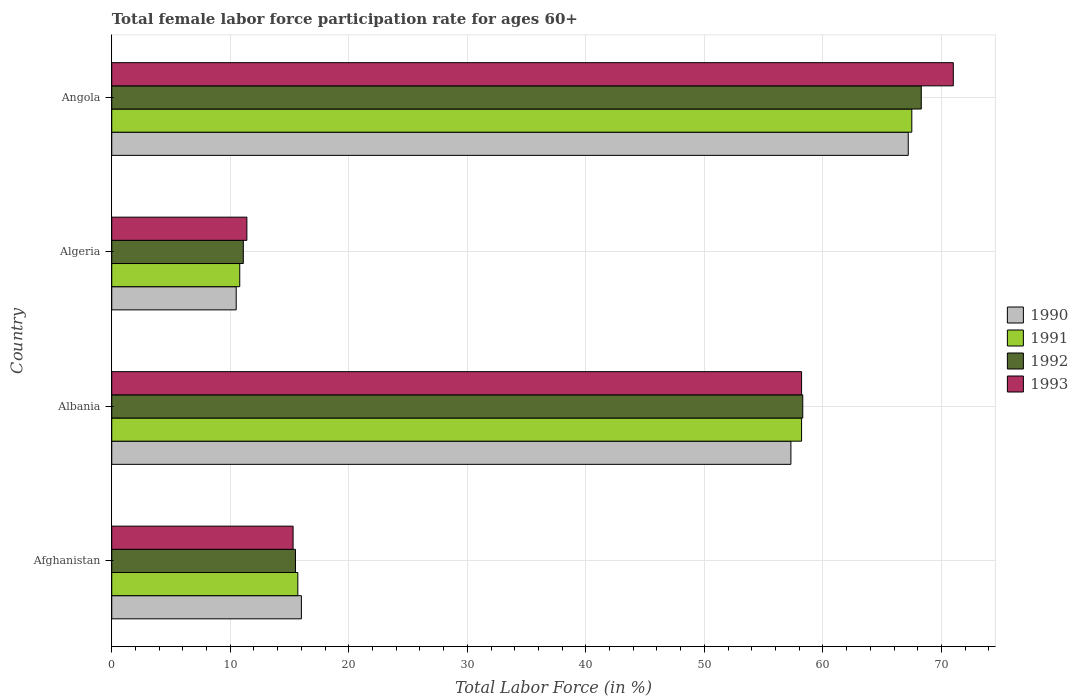
| Country | 1990 | 1991 | 1992 | 1993 |
 | --- | --- | --- | --- | --- |
 | Afghanistan | 16 | 15.7 | 15.5 | 15.3 |
 | Albania | 57.3 | 58.2 | 58.3 | 58.2 |
 | Algeria | 10.5 | 10.8 | 11.1 | 11.4 |
 | Angola | 67.2 | 67.5 | 68.3 | 71 |